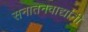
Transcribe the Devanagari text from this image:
सनातनवाद्यांनी